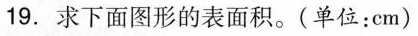
19.求下面图形的表面积。(单位：cm)